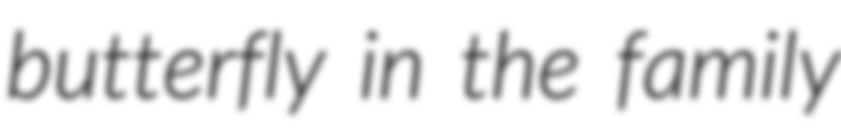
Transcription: butterfly in the family